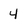
Character: 4